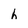
Character: h